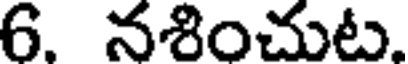
6. నశించుట.